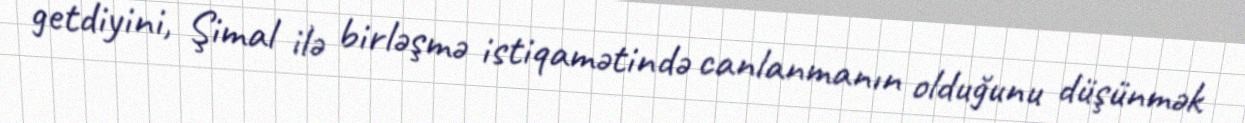
getdiyini, Şimal ilə birləşmə istiqamətində canlanmanın olduğunu düşünmək